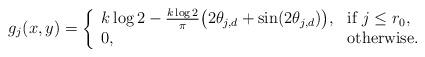
LaTeX: \begin{align*} g_j (x,y) = \left\{ \begin{array}{ll} k \log 2 - \frac {k \log 2} \pi \big( 2 \theta_{j , d} + \sin (2 \theta_{j , d} ) \big), & \mbox{if } j \le r_0, \\ 0, & \mbox{otherwise.} \end{array} \right. \end{align*}